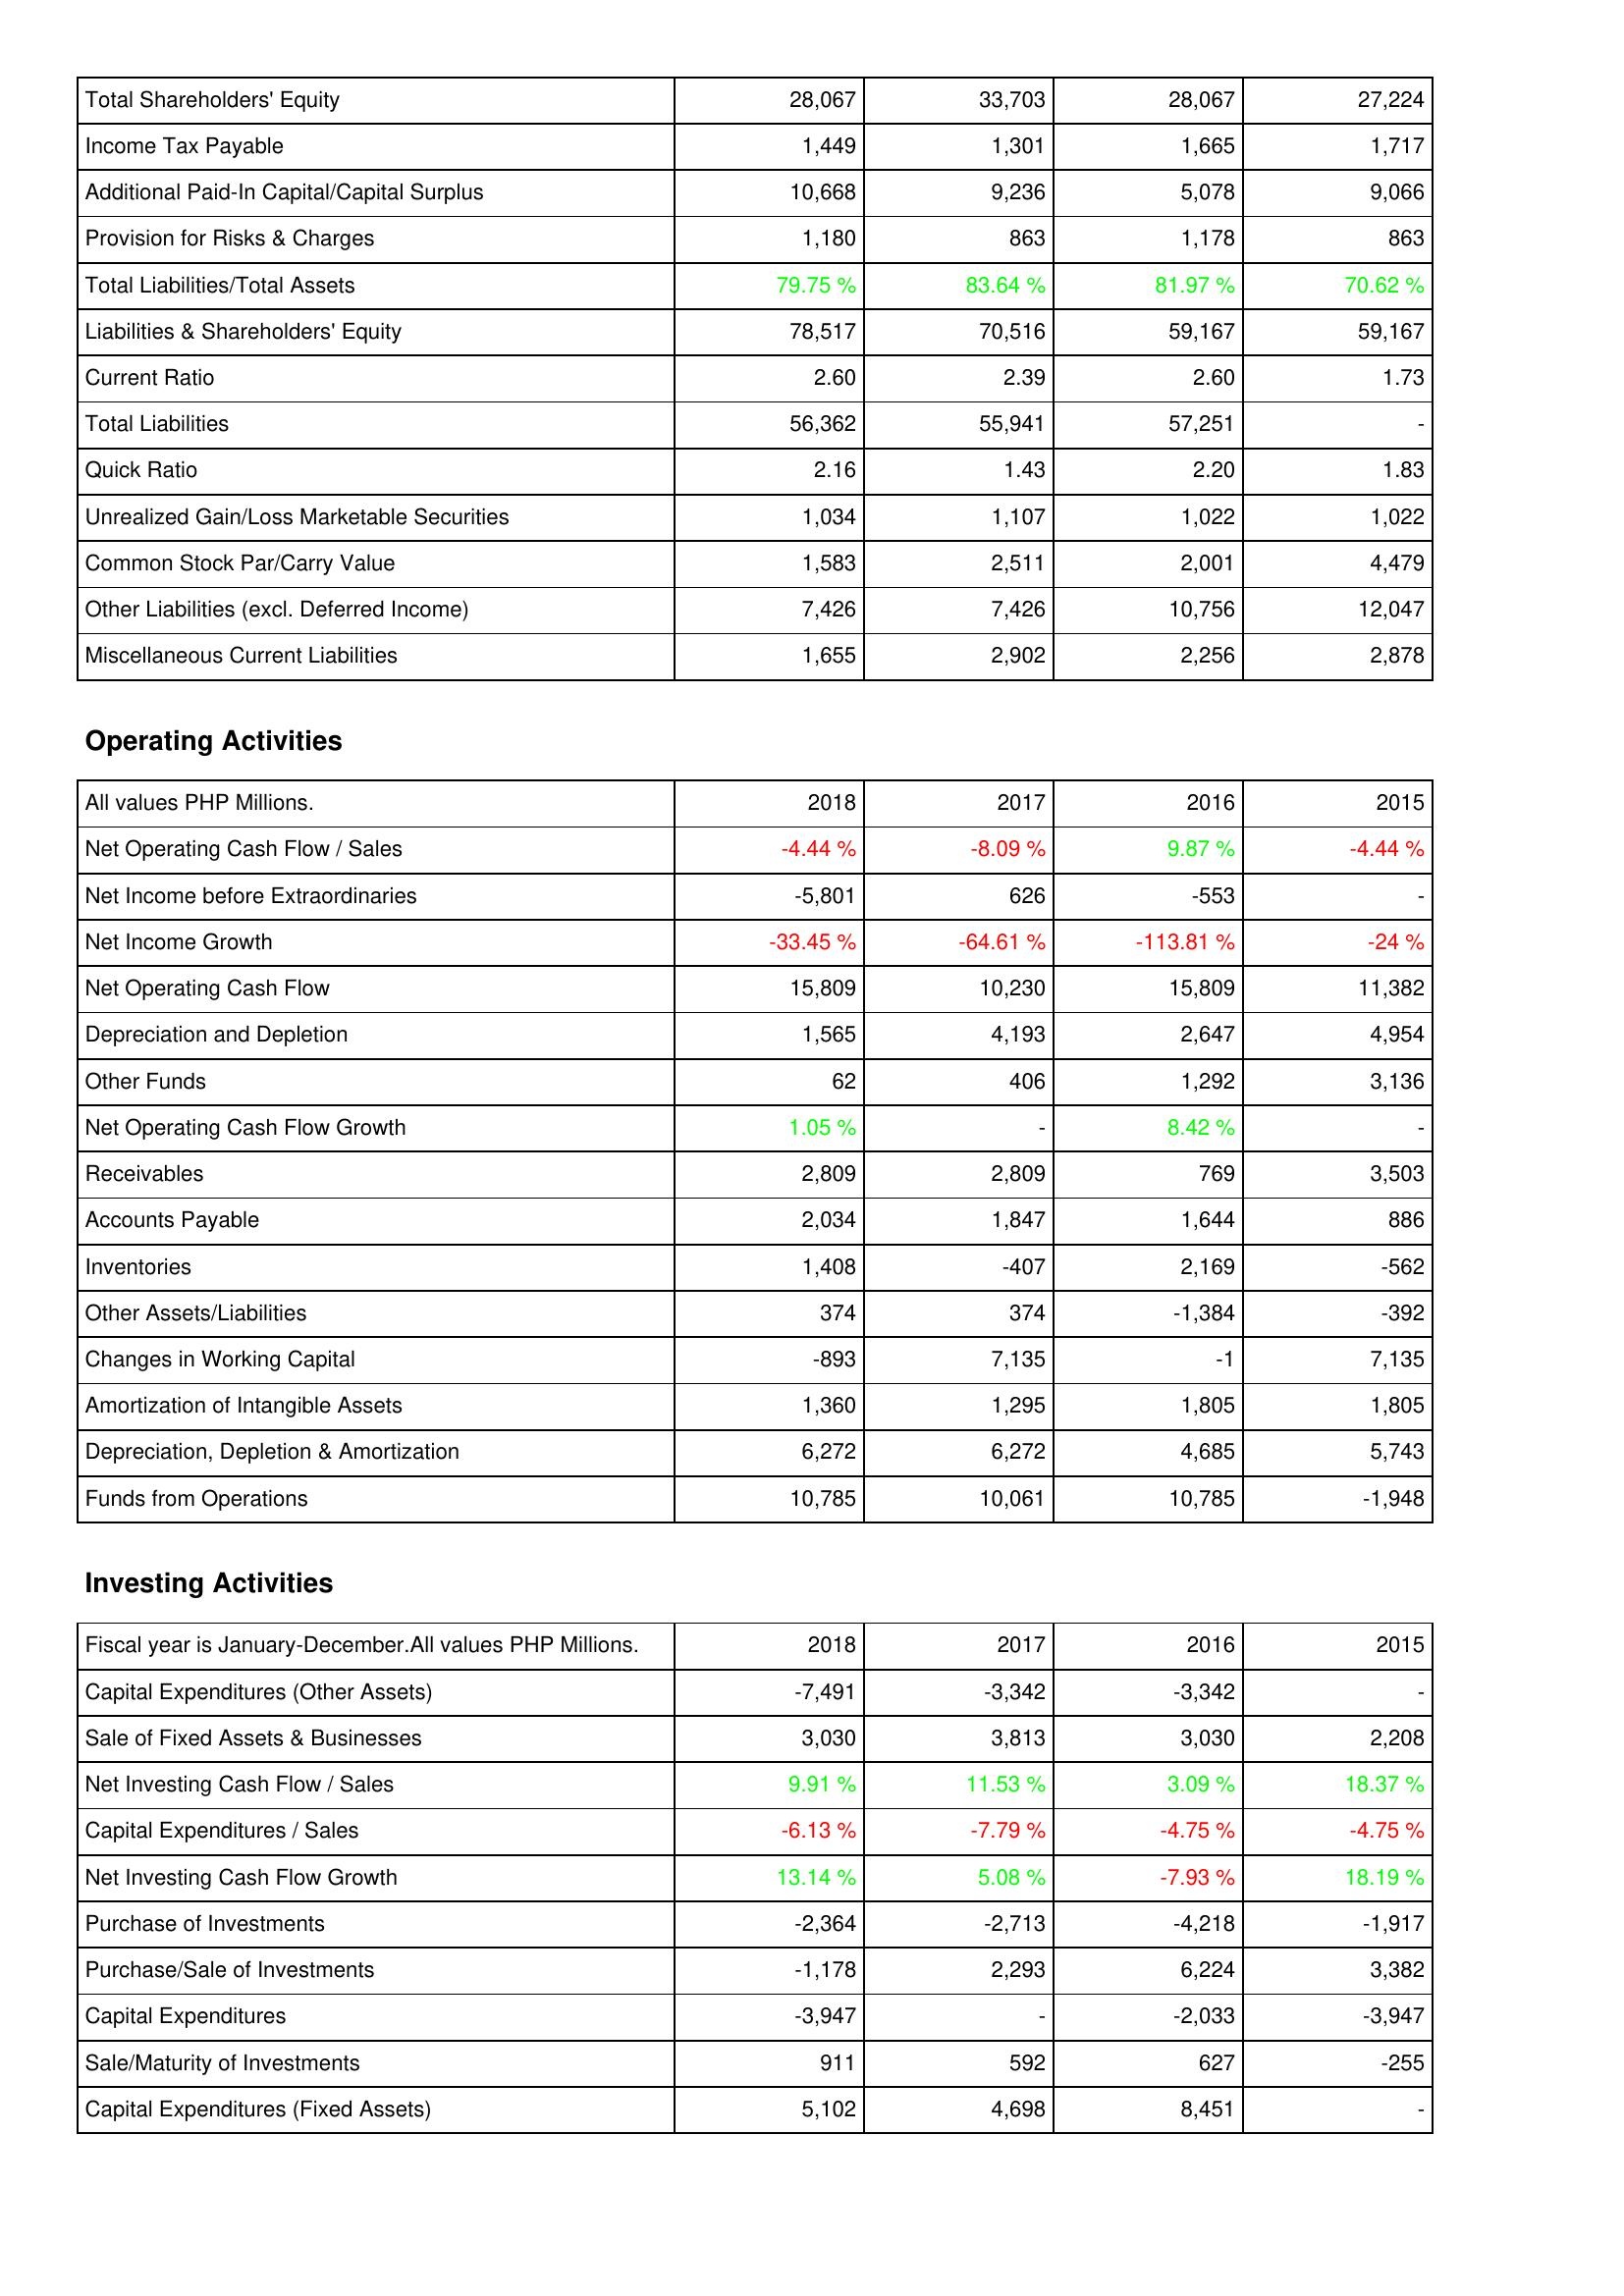
2018: Liabilities & Shareholders' Equity: Total Shareholders' Equity: 28,067
Income Tax Payable: 1,449
Additional Paid-In Capital/Capital Surplus: 10,668
Provision for Risks & Charges: 1,180
Total Liabilities/Total Assets: 79.75 %
Liabilities & Shareholders' Equity: 78,517
Current Ratio: 2.60
Total Liabilities: 56,362
Quick Ratio: 2.16
Unrealized Gain/Loss Marketable Securities: 1,034
Common Stock Par/Carry Value: 1,583
Other Liabilities (excl. Deferred Income): 7,426
Miscellaneous Current Liabilities: 1,655
Operating Activities: Net Operating Cash Flow / Sales: -4.44 %
Net Income before Extraordinaries: -5,801
Net Income Growth: -33.45 %
Net Operating Cash Flow: 15,809
Depreciation and Depletion: 1,565
Other Funds: 62
Net Operating Cash Flow Growth: 1.05 %
Receivables: 2,809
Accounts Payable: 2,034
Inventories: 1,408
Other Assets/Liabilities: 374
Changes in Working Capital: -893
Amortization of Intangible Assets: 1,360
Depreciation, Depletion & Amortization: 6,272
Funds from Operations: 10,785
Investing Activities: Capital Expenditures (Other Assets): -7,491
Sale of Fixed Assets & Businesses: 3,030
Net Investing Cash Flow / Sales: 9.91 %
Capital Expenditures / Sales: -6.13 %
Net Investing Cash Flow Growth: 13.14 %
Purchase of Investments: -2,364
Purchase/Sale of Investments: -1,178
Capital Expenditures: -3,947
Sale/Maturity of Investments: 911
Capital Expenditures (Fixed Assets): 5,102
2017: Liabilities & Shareholders' Equity: Total Shareholders' Equity: 33,703
Income Tax Payable: 1,301
Additional Paid-In Capital/Capital Surplus: 9,236
Provision for Risks & Charges: 863
Total Liabilities/Total Assets: 83.64 %
Liabilities & Shareholders' Equity: 70,516
Current Ratio: 2.39
Total Liabilities: 55,941
Quick Ratio: 1.43
Unrealized Gain/Loss Marketable Securities: 1,107
Common Stock Par/Carry Value: 2,511
Other Liabilities (excl. Deferred Income): 7,426
Miscellaneous Current Liabilities: 2,902
Operating Activities: Net Operating Cash Flow / Sales: -8.09 %
Net Income before Extraordinaries: 626
Net Income Growth: -64.61 %
Net Operating Cash Flow: 10,230
Depreciation and Depletion: 4,193
Other Funds: 406
Net Operating Cash Flow Growth: -
Receivables: 2,809
Accounts Payable: 1,847
Inventories: -407
Other Assets/Liabilities: 374
Changes in Working Capital: 7,135
Amortization of Intangible Assets: 1,295
Depreciation, Depletion & Amortization: 6,272
Funds from Operations: 10,061
Investing Activities: Capital Expenditures (Other Assets): -3,342
Sale of Fixed Assets & Businesses: 3,813
Net Investing Cash Flow / Sales: 11.53 %
Capital Expenditures / Sales: -7.79 %
Net Investing Cash Flow Growth: 5.08 %
Purchase of Investments: -2,713
Purchase/Sale of Investments: 2,293
Capital Expenditures: -
Sale/Maturity of Investments: 592
Capital Expenditures (Fixed Assets): 4,698
2016: Liabilities & Shareholders' Equity: Total Shareholders' Equity: 28,067
Income Tax Payable: 1,665
Additional Paid-In Capital/Capital Surplus: 5,078
Provision for Risks & Charges: 1,178
Total Liabilities/Total Assets: 81.97 %
Liabilities & Shareholders' Equity: 59,167
Current Ratio: 2.60
Total Liabilities: 57,251
Quick Ratio: 2.20
Unrealized Gain/Loss Marketable Securities: 1,022
Common Stock Par/Carry Value: 2,001
Other Liabilities (excl. Deferred Income): 10,756
Miscellaneous Current Liabilities: 2,256
Operating Activities: Net Operating Cash Flow / Sales: 9.87 %
Net Income before Extraordinaries: -553
Net Income Growth: -113.81 %
Net Operating Cash Flow: 15,809
Depreciation and Depletion: 2,647
Other Funds: 1,292
Net Operating Cash Flow Growth: 8.42 %
Receivables: 769
Accounts Payable: 1,644
Inventories: 2,169
Other Assets/Liabilities: -1,384
Changes in Working Capital: -1
Amortization of Intangible Assets: 1,805
Depreciation, Depletion & Amortization: 4,685
Funds from Operations: 10,785
Investing Activities: Capital Expenditures (Other Assets): -3,342
Sale of Fixed Assets & Businesses: 3,030
Net Investing Cash Flow / Sales: 3.09 %
Capital Expenditures / Sales: -4.75 %
Net Investing Cash Flow Growth: -7.93 %
Purchase of Investments: -4,218
Purchase/Sale of Investments: 6,224
Capital Expenditures: -2,033
Sale/Maturity of Investments: 627
Capital Expenditures (Fixed Assets): 8,451
2015: Liabilities & Shareholders' Equity: Total Shareholders' Equity: 27,224
Income Tax Payable: 1,717
Additional Paid-In Capital/Capital Surplus: 9,066
Provision for Risks & Charges: 863
Total Liabilities/Total Assets: 70.62 %
Liabilities & Shareholders' Equity: 59,167
Current Ratio: 1.73
Total Liabilities: -
Quick Ratio: 1.83
Unrealized Gain/Loss Marketable Securities: 1,022
Common Stock Par/Carry Value: 4,479
Other Liabilities (excl. Deferred Income): 12,047
Miscellaneous Current Liabilities: 2,878
Operating Activities: Net Operating Cash Flow / Sales: -4.44 %
Net Income before Extraordinaries: -
Net Income Growth: -24 %
Net Operating Cash Flow: 11,382
Depreciation and Depletion: 4,954
Other Funds: 3,136
Net Operating Cash Flow Growth: -
Receivables: 3,503
Accounts Payable: 886
Inventories: -562
Other Assets/Liabilities: -392
Changes in Working Capital: 7,135
Amortization of Intangible Assets: 1,805
Depreciation, Depletion & Amortization: 5,743
Funds from Operations: -1,948
Investing Activities: Capital Expenditures (Other Assets): -
Sale of Fixed Assets & Businesses: 2,208
Net Investing Cash Flow / Sales: 18.37 %
Capital Expenditures / Sales: -4.75 %
Net Investing Cash Flow Growth: 18.19 %
Purchase of Investments: -1,917
Purchase/Sale of Investments: 3,382
Capital Expenditures: -3,947
Sale/Maturity of Investments: -255
Capital Expenditures (Fixed Assets): -